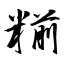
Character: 糋